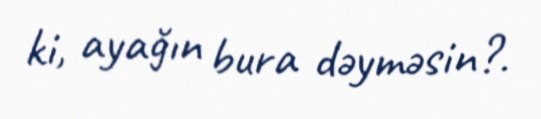
ki, ayağın bura dəyməsin?.